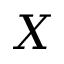
X